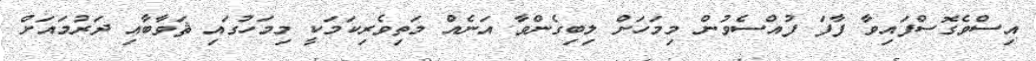
އިސްވެގޮސްފައިވާ ފާފަ ފުއްސެވުން މިމަހަށް ލިބިގެންވާ އަނެއް މަތިވެރިކަމަކީ މިމަހުގައި ޘަވާބާއި ދަރުމައަށް